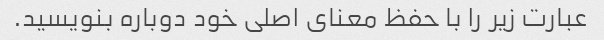
عبارت زیر را با حفظ معنای اصلی خود دوباره بنویسید.